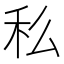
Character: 𥝠